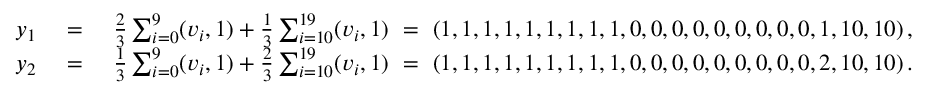
\begin{array} { r l r } { y _ { 1 } \ } & { = } & { \ \frac { 2 } { 3 } \sum _ { i = 0 } ^ { 9 } ( v _ { i } , 1 ) + \frac { 1 } { 3 } \sum _ { i = 1 0 } ^ { 1 9 } ( v _ { i } , 1 ) \ = \ ( 1 , 1 , 1 , 1 , 1 , 1 , 1 , 1 , 1 , 0 , 0 , 0 , 0 , 0 , 0 , 0 , 0 , 0 , 1 , 1 0 , 1 0 ) \, , } \\ { y _ { 2 } \ } & { = } & { \ \frac { 1 } { 3 } \sum _ { i = 0 } ^ { 9 } ( v _ { i } , 1 ) + \frac { 2 } { 3 } \sum _ { i = 1 0 } ^ { 1 9 } ( v _ { i } , 1 ) \ = \ ( 1 , 1 , 1 , 1 , 1 , 1 , 1 , 1 , 1 , 0 , 0 , 0 , 0 , 0 , 0 , 0 , 0 , 0 , 2 , 1 0 , 1 0 ) \, . } \end{array}